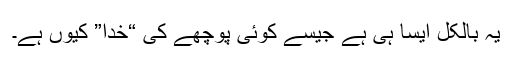
یہ بالکل ایسا ہی ہے جیسے کوئی پوچھے کی “خدا” کیوں ہے۔